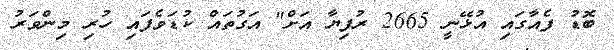
ބޮޑު ފެއާގައި އުޅޭނީ 2665 ރުފިޔާ އަށް" އަގުތައް ކުޑަވެފައި ހުރި މިންވަރު